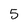
Character: 5